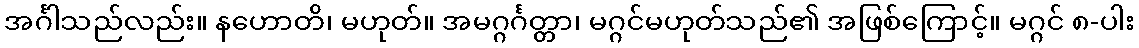
အင်္ဂါသည်လည်း။ နဟောတိ၊ မဟုတ်။ အမဂ္ဂင်္ဂတ္တာ၊ မဂ္ဂင်မဟုတ်သည်၏ အဖြစ်ကြောင့်။ မဂ္ဂင် ၈-ပါး